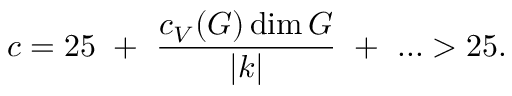
c = 2 5 ~ + ~ { \frac { c _ { V } ( G ) \dim G } { | k | } } ~ + ~ . . . > 2 5 .